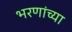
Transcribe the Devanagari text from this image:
भरणांच्या